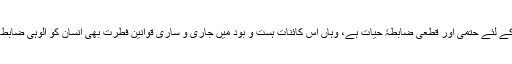
آخری وحی ’قرآنِ مجید‘ جہاں بنی نوعِ اِنسان کے لئے حتمی اور قطعی ضابطۂ حیات ہے، وہاں اِس کائناتِ ہست و بُود میں جاری و ساری قوانینِ فطرت بھی اِنسان کو اُلوہی ضابطۂ حیات کی طرف متوجہ کرتے نظر آتے ہیں۔